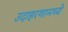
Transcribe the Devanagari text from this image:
उदाहरणामध्ये